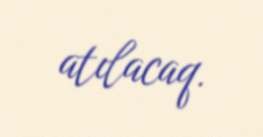
atılacaq.